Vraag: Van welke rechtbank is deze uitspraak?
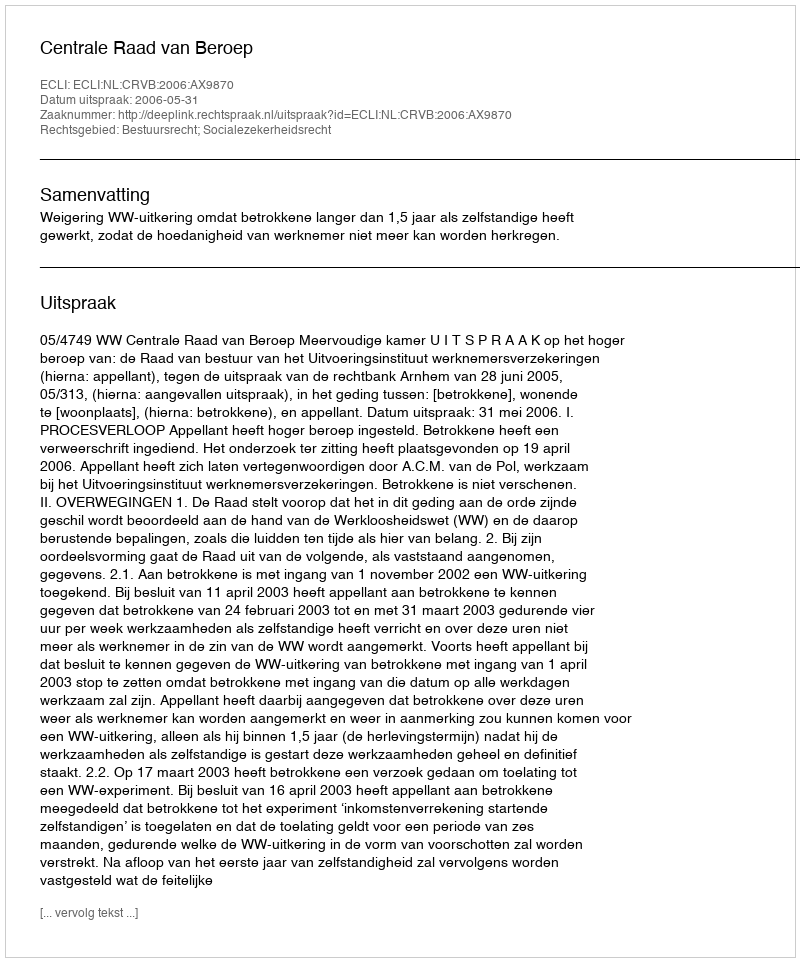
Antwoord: Centrale Raad van Beroep